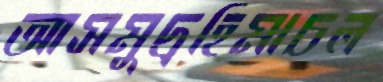
আসমুদ্রহিমাচল